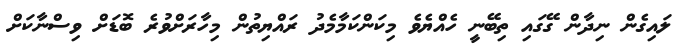
ލައިގެން ނިދާން ގޭގައި ތިބޭނީ ހެއްޔެވެ މިކަންކަމާމެދު ރައްޔިތުން މިހާރަށްވުރެ ބޮޑަށް ވިސްނާކަށް